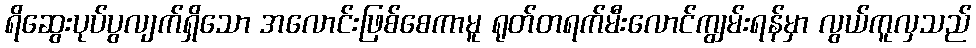
ရိဆွေးပုပ်ပွလျက်ရှိသော အလောင်းဖြစ်စေကာမူ ရုတ်တရက်မီးလောင်ကျွမ်းရန်မှာ လွယ်ကူလှသည်